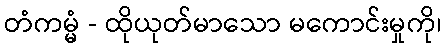
တံကမ္မံ - ထိုယုတ်မာသော မကောင်းမှုကို၊